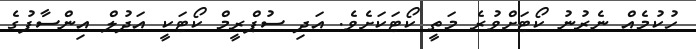
ހުކުމެއް ނެރުނު ކޯޓަށްވުރެ މަތީ ކޯޓަކަށެވެ. އަދި ސުޕްރީމް ކޯޓަކީ އަދުލް އިންސާފުގެ